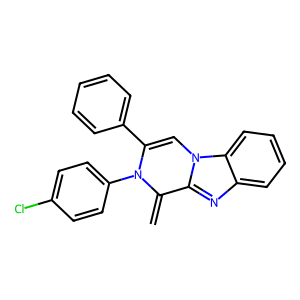
SMILES: C=C1c2nc3ccccc3n2C=C(c2ccccc2)N1c1ccc(Cl)cc1
Inhibits HIV replication: No